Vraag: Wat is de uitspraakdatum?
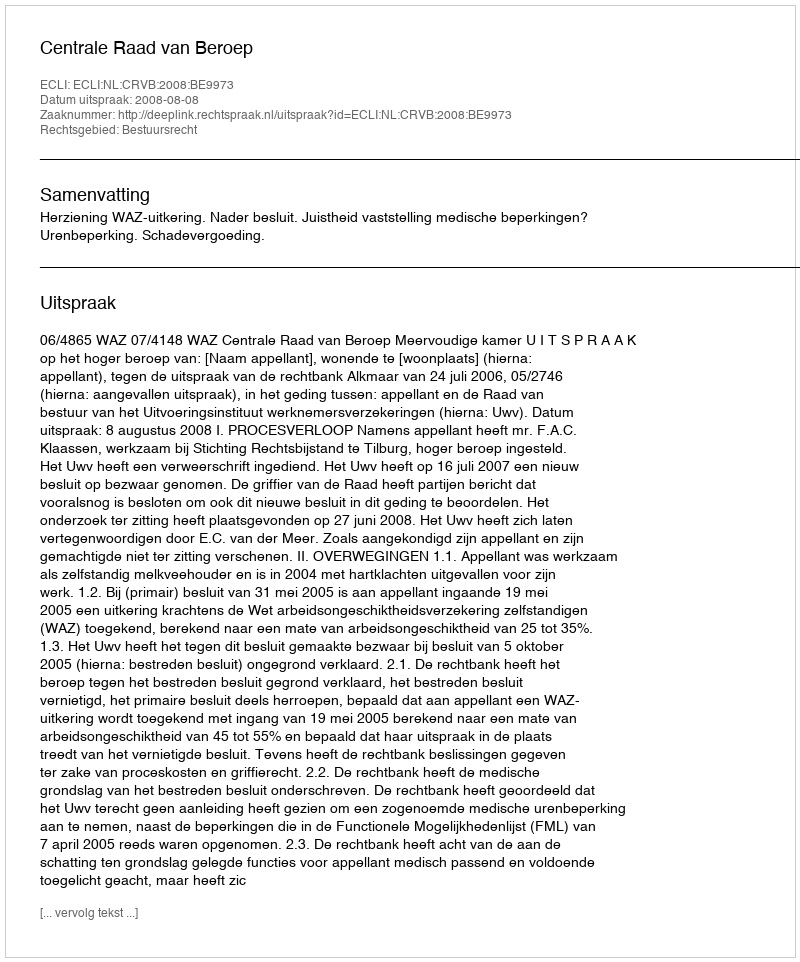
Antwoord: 2008-08-08